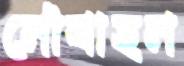
নৌবাহন